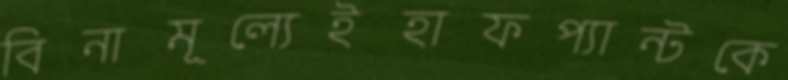
বিনামূল্যেইহাফপ্যান্টকে